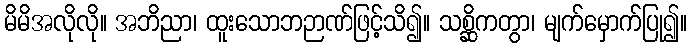
မိမိအလိုလို။ အဘိညာ၊ ထူးသောဘဉာဏ်ဖြင့်သိ၍။ သစ္ဆိကတွာ၊ မျက်မှောက်ပြု၍။